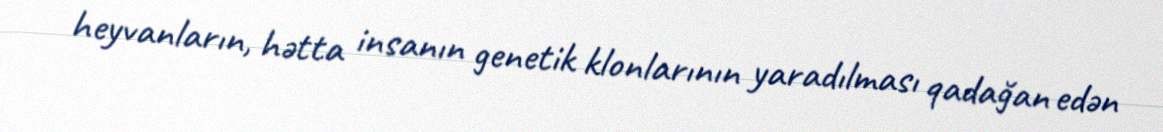
heyvanların, hətta insanın genetik klonlarının yaradılması qadağan edən